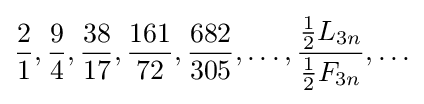
{\frac {2}{1}},{\frac {9}{4}},{\frac {38}{17}},{\frac {161}{72}},{\frac {682}{305}},\ldots ,{\frac {{\tfrac {1}{2}}L_{3n}}{{\tfrac {1}{2}}F_{3n}}},\ldots